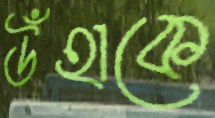
উঁহাকে